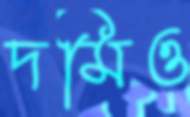
দমিও